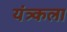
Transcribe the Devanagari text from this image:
यंत्र्कला